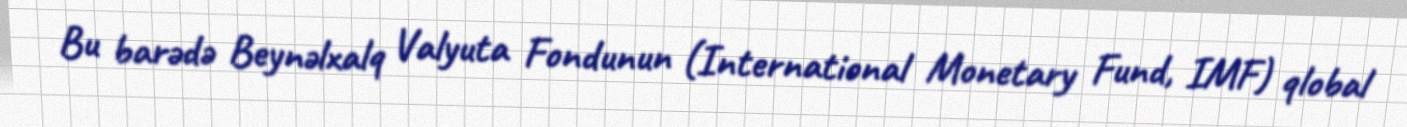
Bu barədə Beynəlxalq Valyuta Fondunun (International Monetary Fund, IMF) qlobal